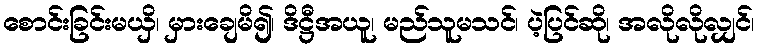
စောင်းခြင်းမယှိ၊ မှားချေမိ၍၊ ဒိဋ္ဌီအယူ၊ မည်သူမသင်၊ ပဲ့ပြင်ဆို၊ အလိုလိုလျှင်၊